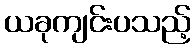
ယခုကျင်းပသည့်